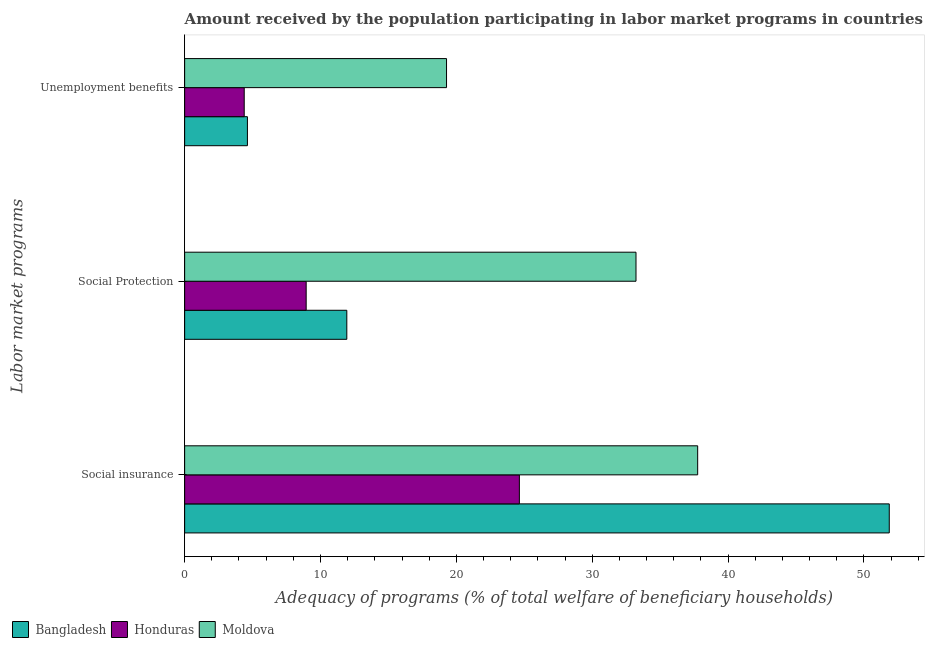
| Labor market programs | Bangladesh | Honduras | Moldova |
 | --- | --- | --- | --- |
 | Social insurance | 51.9 | 24.6 | 37.8 |
 | Social Protection | 11.9 | 8.94 | 33.2 |
 | Unemployment benefits | 4.62 | 4.39 | 19.3 |